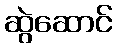
ဆွဲဆောင်